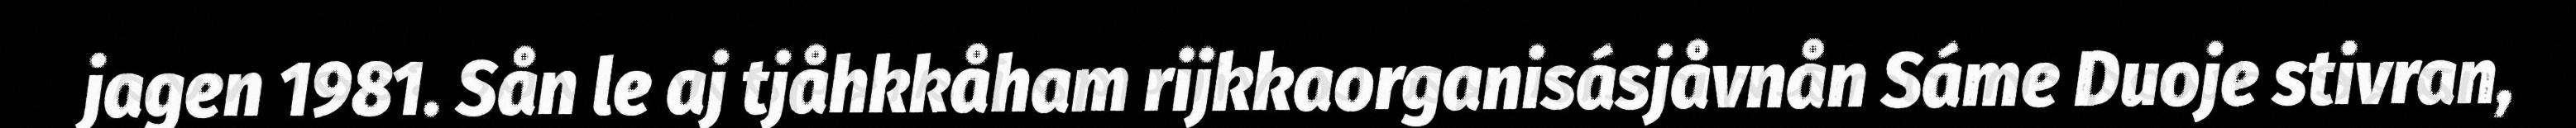
jagen 1981. Sån le aj tjåhkkåham rijkkaorganisásjåvnån Sáme Duoje stivran,